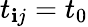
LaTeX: t_{\mathbf{i}j}=t_{0}